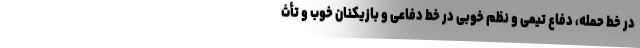
در خط حمله، دفاع تیمی و نظم خوبی در خط دفاعی و بازیکنان خوب و تأث